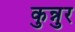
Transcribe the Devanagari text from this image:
कुन्नुर